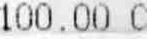
100.00 C